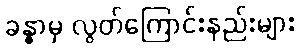
ခန္ဓာမှ လွတ်ကြောင်းနည်းများ